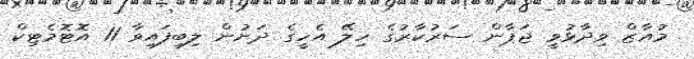
މުއާޒް ވިދާޅުވީ ޖަޕާން ސަރުކާރުގެ ހިލޭ އެހީގެ ދަށުން ލިބިފައިވާ 11 އޮޓޮމެޓިކް